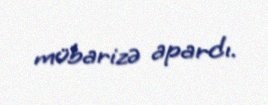
mübarizə apardı.